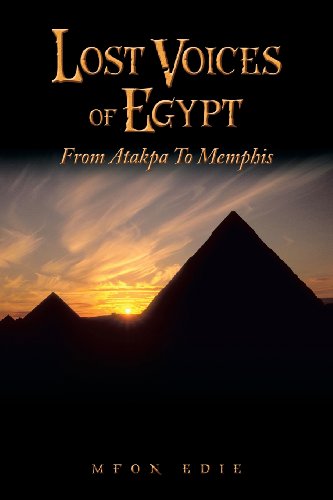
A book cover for Lost Voices of Egypt: From Atakpa to Memphis; Mfon Eddie; Travel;